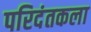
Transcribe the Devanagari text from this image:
परिदंतकला